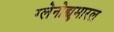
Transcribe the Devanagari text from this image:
ग्लेनोह्युमारल